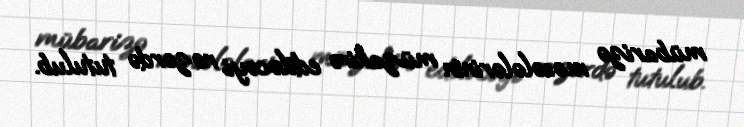
mübarizə məsələlərinin müzakirə ediləcəyi nəzərdə tutulub.